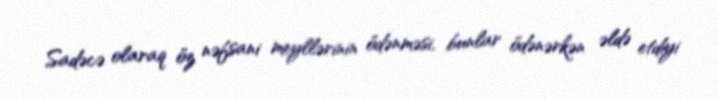
Sadəcə olaraq öz nəfsani meyllərinin ödənməsi, bunlar ödənərkən əldə etdiyi